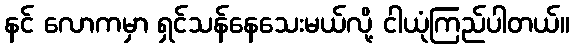
နင် လောကမှာ ရှင်သန်နေသေးမယ်လို့ ငါယုံကြည်ပါတယ်။